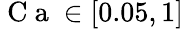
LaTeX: \mathrm{~C~a~}\in[0.05,1]